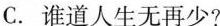
C.谁道人生无再少?